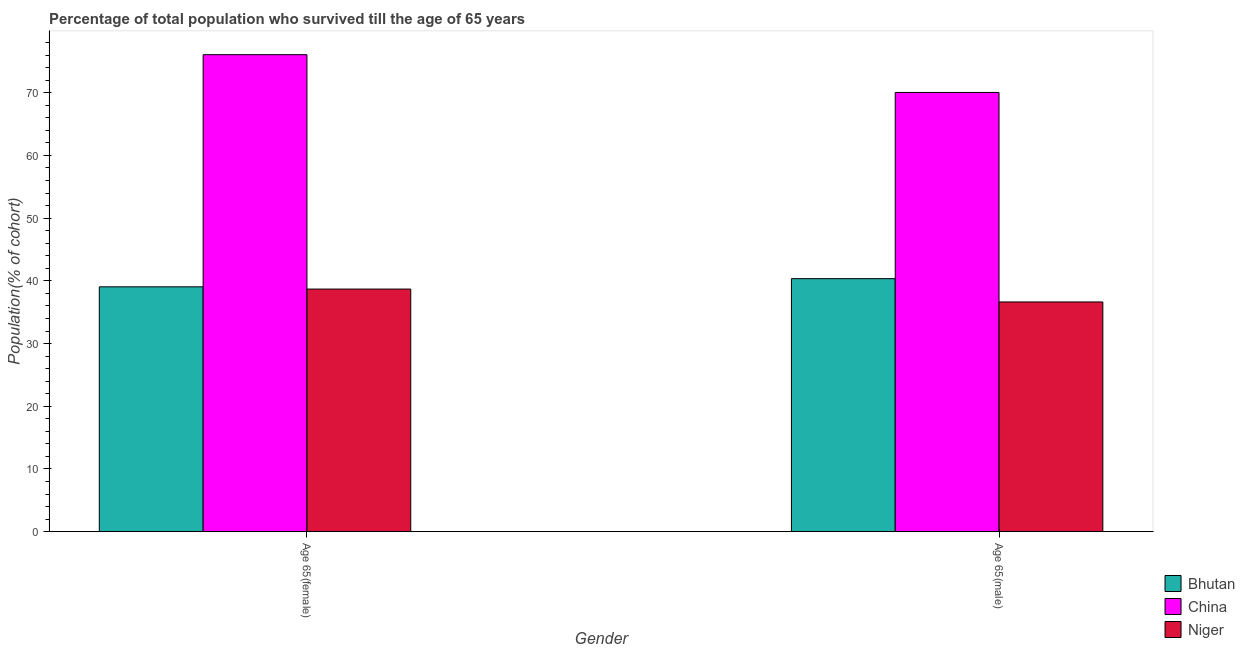
| Gender | Bhutan | China | Niger |
 | --- | --- | --- | --- |
 | Age 65(female) | 39.1 | 76.1 | 38.7 |
 | Age 65(male) | 40.4 | 70.1 | 36.6 |